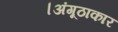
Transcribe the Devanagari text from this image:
।अंगूठाकार